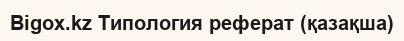
Bigox.kz Типология реферат (қазақша)